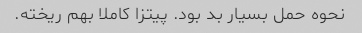
نحوه حمل بسیار بد بود. پیتزا کاملا بهم ریخته.